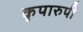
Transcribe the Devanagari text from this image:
कृपारुपी